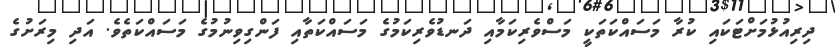
ދިރިއުޅުމަށްޓަކައި ކުރާ މަސައްކަތަކީ މަސްވެރިކަމާއި ދަނޑުވެރިކަމުގެ މަސައްކަތާއި ފަންގިވިނުމުގެ މަސައްކަތެވެ. އަދި މިރަށުގެ